Lunatic asylums Madras 1877-1891 - 1877-1891
Year: 1877
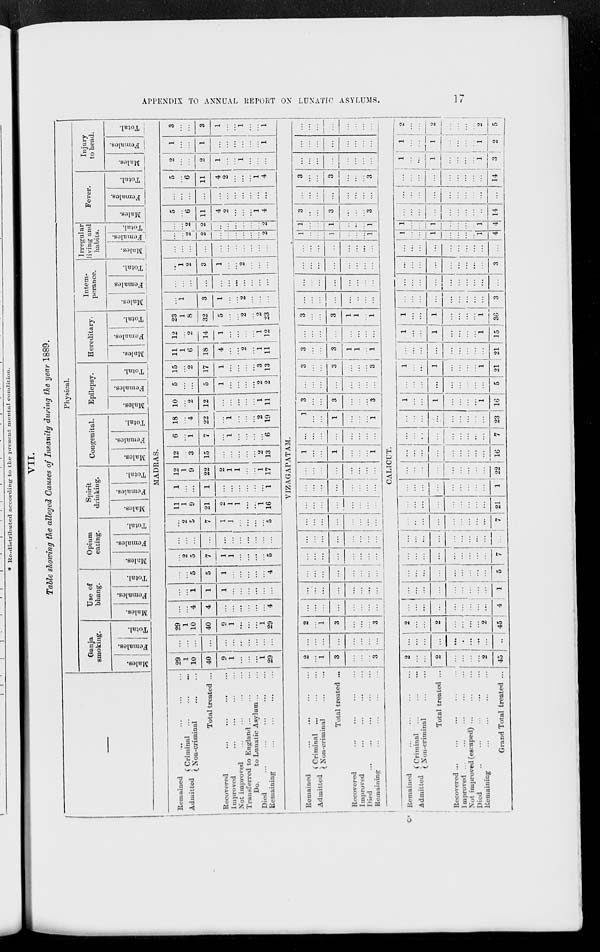
APPENDIX TO ANNUAL REPORT ON LUNATIC ASYLUMS.
17
VII.
Table showing the alleged Causes of Insanity during the year 1889.
Physical.
Ganja
smoking.
Males.
Females.
Total.
Use of
bhang.
Males.
Females.
Total.
Opium
eating.
Males.
Females.
Total.
Spirit
drinking.
Males.
Females.
Total.
Congenital.
Males.
Females.
Total.
Epilepsy.
Males.
Females.
Total.
Hereditary.
Males.
Females.
Total.
Intem-
perance.
Males.
Females
Total.
Irregular
living and
habits.
Males.
Females.
Total.
Fever.
Males.
Females.
Total.
Injury
to head.
Males.
Females.
Total.
MADRAS.
Remained ... ... ... ...
Admitted
Criminal
...
...
...
Non-criminal ... ...
Total treated ...
Recovered ... ... ... ...
Improved ... ... ... ...
Not improved ... ... ... ...
Transferred to England ... ... ...
Do.
to Lunatic Asylum ... ...
Died ... ... ... ... ...
Remaining ... ... ... ...
29
1
10
40
9
1
...
...
...
1
29
...
...
...
...
...
...
...
...
...
...
...
29
1
10
40
9
1
...
...
...
1
29
...
...
4
4
...
...
...
...
...
...
4
...
...
1
1
1
...
...
...
...
...
...
...
...
5
5
1
...
...
...
...
...
4
...
2
5
7
1
1
...
...
...
...
5
...
...
...
...
...
...
...
...
...
...
...
...
2
5
7
1
1
...
...
...
...
5
11
1
9
21
2
1
1
...
...
1
16
1
...
...
1
...
...
...
...
...
...
1
12
1
9
22
2
1
1
...
...
1
17
12
...
3
15
...
...
...
...
...
2
13
6
...
1
7
...
1
...
...
...
...
6
18
...
4
22
...
1
...
...
...
2
19
10
...
2
12
...
...
...
...
...
1
11
5
...
...
5
1
...
...
...
...
2
2
15
...
2
17
1
...
...
...
...
3
13
11
1
6
18
4
...
...
2
...
1
11
12
...
2
14
1
...
...
...
...
1
12
23
1
8
32
5
...
...
2
...
2
23
...
1
...
3
1
...
...
2
...
...
...
...
...
...
...
...
...
...
...
...
...
...
...
1
2
3
1
...
2
...
...
...
...
...
...
...
...
...
...
...
...
...
...
...
...
2
2
...
...
...
...
...
...
2
...
...
2
2
...
...
...
...
...
...
2
5
...
6
11
4
2
...
...
...
1
4
...
...
...
...
...
...
...
...
...
...
...
5
...
6
11
4
2
...
...
...
1
4
2
...
...
2
1
...
...
1
...
...
...
1
...
...
1
...
...
...
...
...
...
1
3
...
...
3
1
...
...
1
...
...
1
VIZAGAPATAM.
Remained ... ... ... ...
Admitted Criminal ... ... ...
Non-criminal ... ...
Total treated ...
Recovered ... ... ... ...
Improved ... ... ... ...
Died ... ... ... ... ...
Remaining ... ... ... ...
2
...
1
3
...
...
...
3
...
...
...
...
...
...
...
...
2
...
1
3
...
...
...
3
...
...
...
...
...
...
...
...
...
...
...
...
...
...
...
...
...
...
...
...
...
...
...
...
...
...
...
...
...
...
...
...
...
...
...
...
...
...
...
...
...
...
...
...
...
...
...
...
...
...
...
...
...
...
...
...
...
...
...
...
...
...
...
...
...
...
...
...
...
...
...
...
1
...
...
1
...
...
...
1
...
...
...
...
...
...
...
...
1
...
...
1
...
...
...
1
3
...
...
3
...
...
...
3
...
...
...
...
...
...
...
...
3
...
...
3
...
...
...
3
3
...
...
3
1
1
...
1
...
...
...
...
...
...
...
...
3
...
...
3
1
1
...
1
...
...
...
...
...
...
...
...
...
...
...
...
...
...
...
...
...
...
...
...
...
...
...
...
...
...
...
...
...
...
...
...
1
...
...
1
...
...
...
1
1
...
...
1
...
...
...
1
3
...
...
3
...
...
...
3
...
...
...
...
...
...
...
...
3
...
...
3
...
...
...
3
...
...
...
...
...
...
...
...
...
...
...
...
...
...
...
...
...
...
...
...
...
...
...
...
CALICUT.
Remained ... ... ... ...
Admitted
Criminal ... ... ...
Non-criminal
...
...
Total treated ...
Recovered ... ... ... ... ...
Improved ... ... ... ... ...
Not improved (escaped)
...
...
...
Died ... ... ... ... ...
Remaining
...
...
...
...
Grand Total treated ...
2
...
...
2
...
...
...
...
2
45
...
...
...
...
...
...
...
...
...
...
2
...
...
2
...
...
...
...
2
45
...
...
...
...
...
...
...
...
...
4
...
...
...
...
...
...
...
...
...
1
...
...
...
...
...
...
...
...
...
5
...
...
...
...
...
...
...
...
...
7
...
...
...
...
...
...
...
...
...
...
...
...
...
...
...
...
...
...
...
7
...
...
...
...
...
...
...
...
...
21
...
...
...
...
...
...
...
...
...
1
...
...
...
...
...
...
...
...
...
22
...
...
...
...
...
...
...
...
...
16
...
...
...
...
...
...
...
...
...
7
...
...
...
...
...
...
...
...
...
23
1
...
...
1
...
...
...
...
1
16
...
...
...
...
...
...
...
...
...
5
1
...
...
1
...
...
...
...
1
21
...
...
...
...
...
...
...
...
...
21
1
...
...
1
...
...
...
...
1
15
1
...
...
1
...
...
...
...
1
36
...
...
...
...
...
...
...
...
...
3
...
...
...
...
...
...
...
...
...
...
...
...
...
...
...
...
...
...
...
3
...
...
...
...
...
...
...
...
...
...
1
...
...
1
...
...
...
...
1
4
1
...
...
1
...
...
...
...
1
4
...
...
...
...
...
...
...
...
...
14
...
...
...
...
...
...
...
...
...
...
...
...
...
...
...
...
...
...
...
14
1
...
...
1
...
...
...
...
1
3
1
...
...
1
...
...
...
...
1
2
2
...
...
2
...
...
...
...
2
5
5